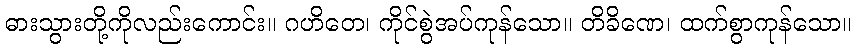
ဓားသွားတို့ကိုလည်းကောင်း။ ဂဟိတေ၊ ကိုင်စွဲအပ်ကုန်သော။ တိခိဏေ၊ ထက်စွာကုန်သော။